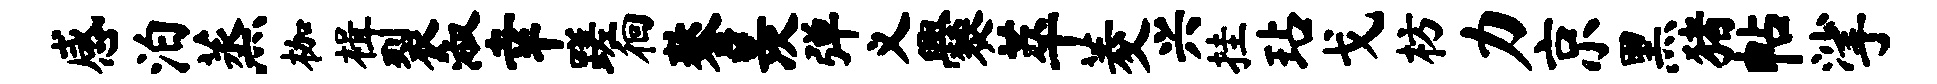
感泊蒸枷楫裂淑幸蹉徊鏊羡弹义爨萃菱兴挂玷戈枋力京黑猪帖挲